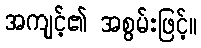
အကျင့်၏ အစွမ်းဖြင့်။